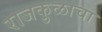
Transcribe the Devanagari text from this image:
राजकुळाचा